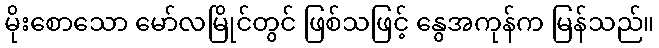
မိုးစောသော မော်လမြိုင်တွင် ဖြစ်သဖြင့် နွေအကုန်က မြန်သည်။